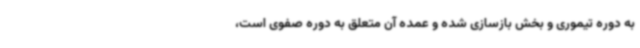
به دوره تیموری و بخش بازسازی شده و عمده آن متعلق به دوره صفوی است،